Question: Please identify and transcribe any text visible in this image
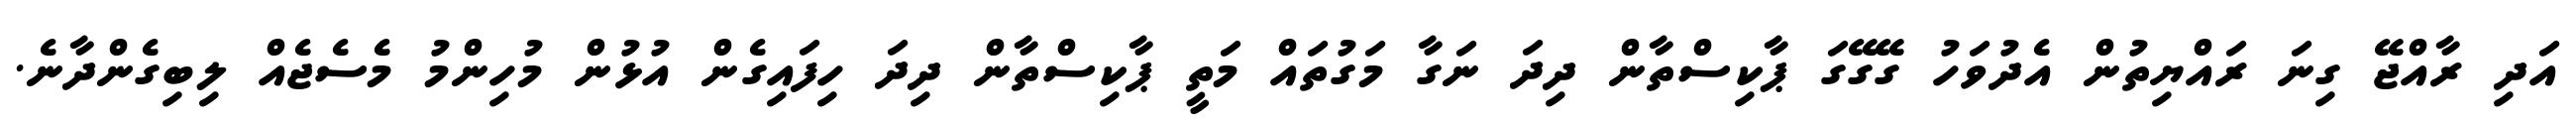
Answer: އަދި ރާއްޖޭ ގިނަ ރައްޔިތުން އެދުވަހު ގޭގޭގަ ޕާކިސްތާން ދިދަ ނަގާ މަގުތައް މަތީ ޕާކިސްތާން ދިދަ ހިފައިގެން އުޅުން މުހިންމު މެސެޖެއް ލިބިގެންދާނެ.